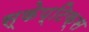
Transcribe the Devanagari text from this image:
स्केप्टिक्स